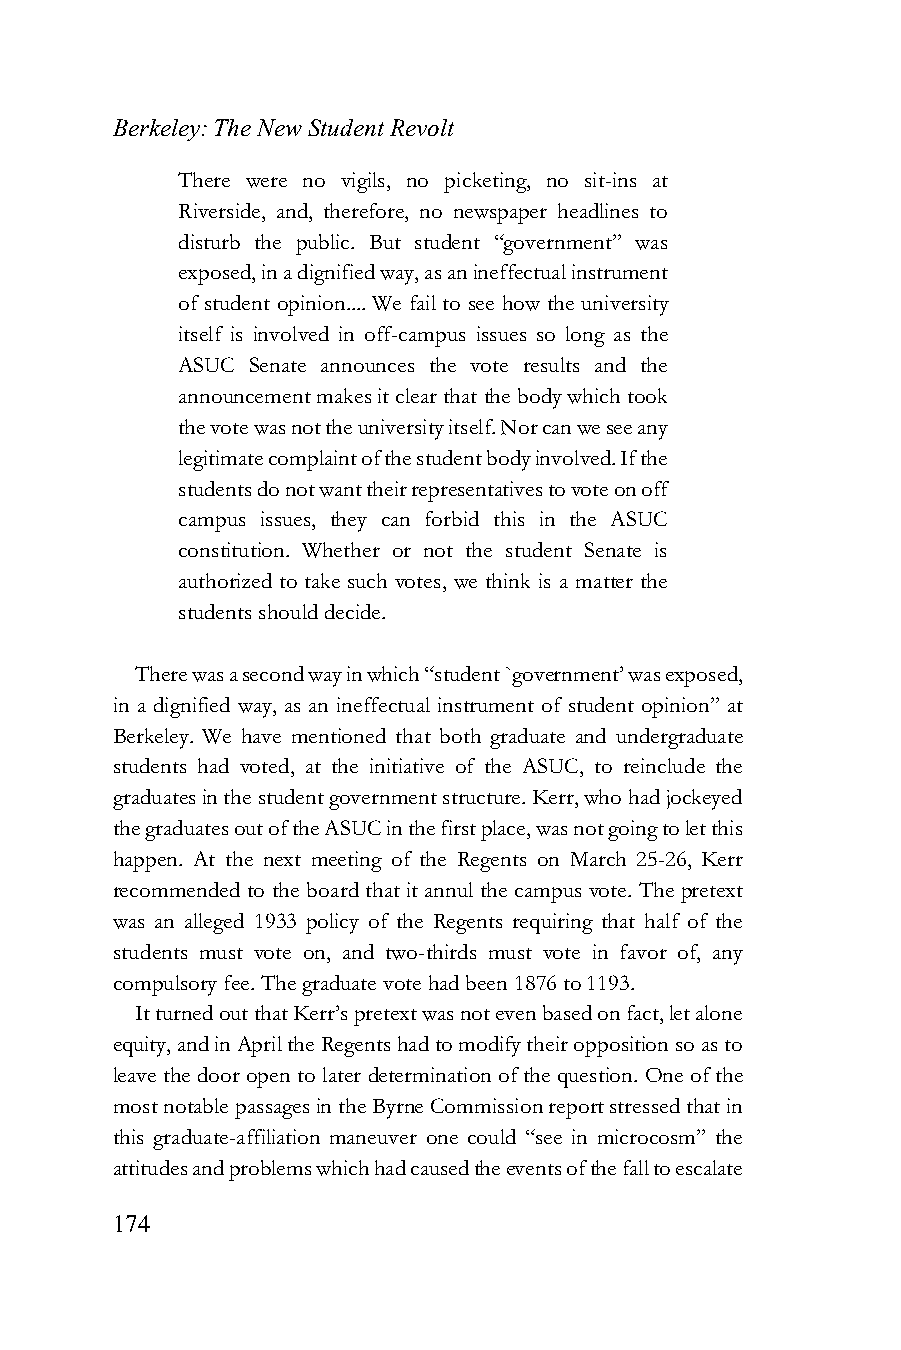
Berkeley: The New Student Revolt
 There were no vigils, no picketing, no sit-ins at
 Riverside, and, therefore, no newspaper headlines to
 disturb the public. But student “government” was
 exposed, in a dignified way, as an ineffectual instrument
 of student opinion.... We fail to see how the university
 itself is involved in off-campus issues so long as the
 ASUC Senate announces the vote results and the
 announcement makes it clear that the body which took
 the vote was not the university itself. Nor can we see any
 legitimate complaint of the student body involved. If the
 students do not want their representatives to vote on off
 campus issues, they can forbid this in the ASUC
 constitution. Whether or not the student Senate is
 authorized to take such votes, we think is a matter the
 students should decide.
 There was a second way in which “student `government’ was exposed,
 in a dignified way, as an ineffectual instrument of student opinion” at
 Berkeley. We have mentioned that both graduate and undergraduate
 students had voted, at the initiative of the ASUC, to reinclude the
 graduates in the student government structure. Kerr, who had jockeyed
 the graduates out of the ASUC in the first place, was not going to let this
 happen. At the next meeting of the Regents on March 25-26, Kerr
 recommended to the board that it annul the campus vote. The pretext
 was an alleged 1933 policy of the Regents requiring that half of the
 students must vote on, and two-thirds must vote in favor of, any
 compulsory fee. The graduate vote had been 1876 to 1193.
 It turned out that Kerr’s pretext was not even based on fact, let alone
 equity, and in April the Regents had to modify their opposition so as to
 leave the door open to later determination of the question. One of the
 most notable passages in the Byrne Commission report stressed that in
 this graduate-affiliation maneuver one could “see in microcosm” the
 attitudes and problems which had caused the events of the fall to escalate
 174